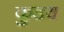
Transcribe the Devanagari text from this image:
कुडय